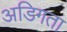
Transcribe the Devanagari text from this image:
अडिगता